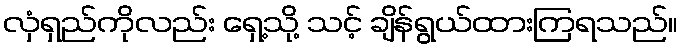
လှံရှည်ကိုလည်း ရှေ့သို့ သင့် ချိန်ရွယ်ထားကြရသည်။